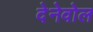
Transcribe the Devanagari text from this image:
देनेवोल